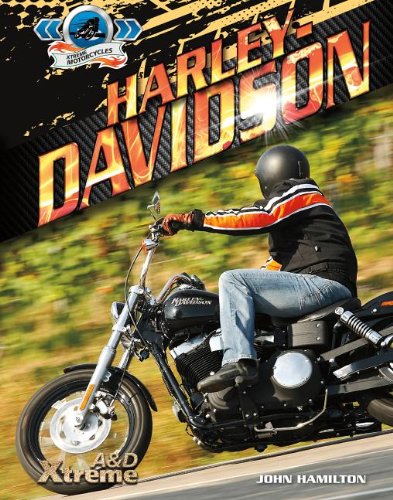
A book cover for Harley-Davidson (Xtreme Motorcycles); John Hamilton; Children's Books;